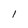
Character: l